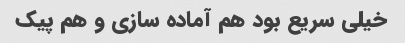
خیلی سریع بود هم آماده سازی و هم پیک